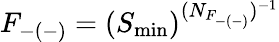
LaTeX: F_{-(-)}=(S_{\mathrm{min}})^{(N_{F_{-(-)}})^{-1}}